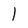
Character: l